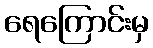
ရေကြောင်းမှ